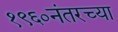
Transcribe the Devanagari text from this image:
१९६०नंतरच्या